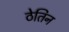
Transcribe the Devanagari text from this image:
ठेतिन